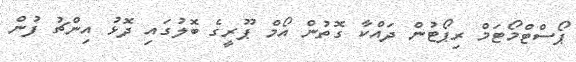
ޕޯސްޓްމޯޓަމް ރިޕޯޓުން ދައްކާ ގޮތުން އޯމް ޕޫރީގެ ބޮލުގައި ދޮޅު އިންޗު ފުން